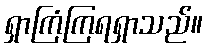
ရှာကြံကြရရှာသည်။